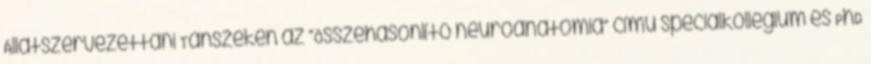
Állatszervezettani Tanszékén az “Összehasonlító neuroanatómia” című speciálkollégium és PhD